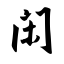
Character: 闲